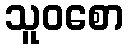
သူဝစော